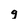
Character: g